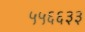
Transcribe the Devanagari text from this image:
५५६६३३